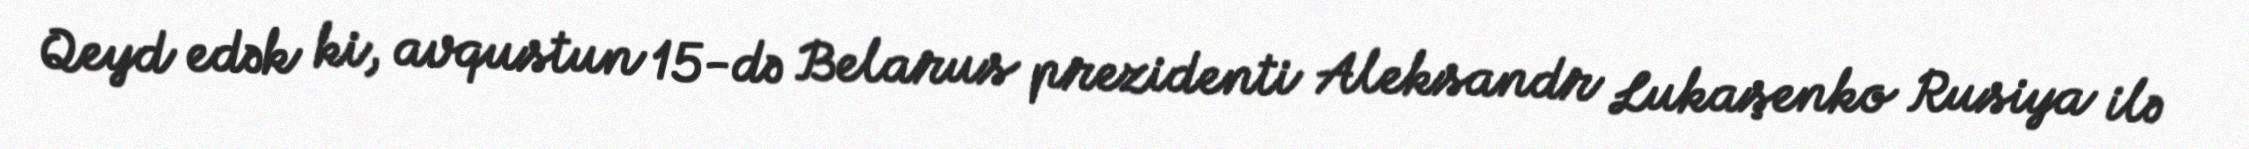
Qeyd edək ki, avqustun 15-də Belarus prezidenti Aleksandr Lukaşenko Rusiya ilə